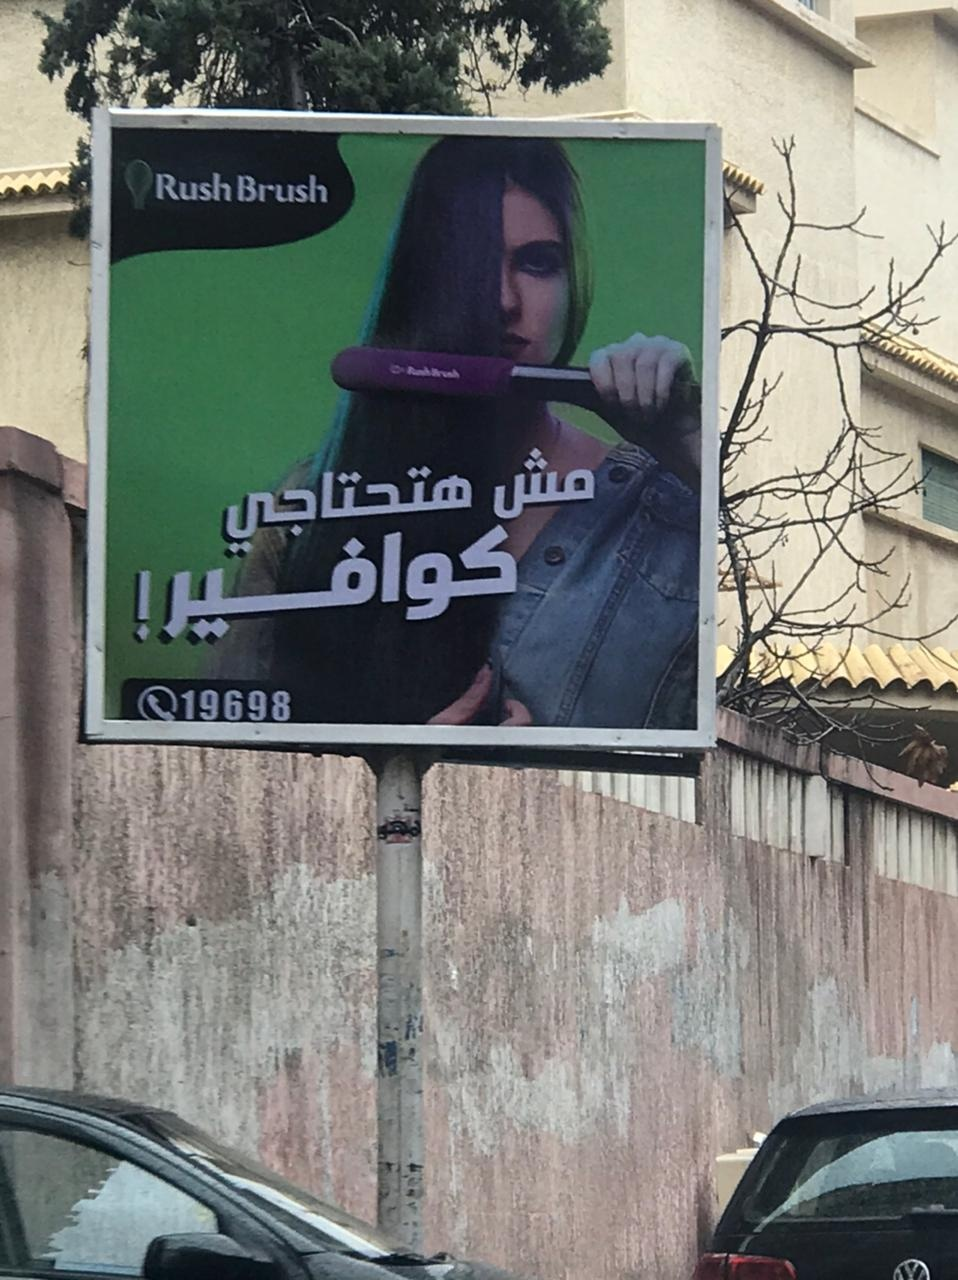
Text in image: مش هتحتاجي !كوافير Rush Brush 19698